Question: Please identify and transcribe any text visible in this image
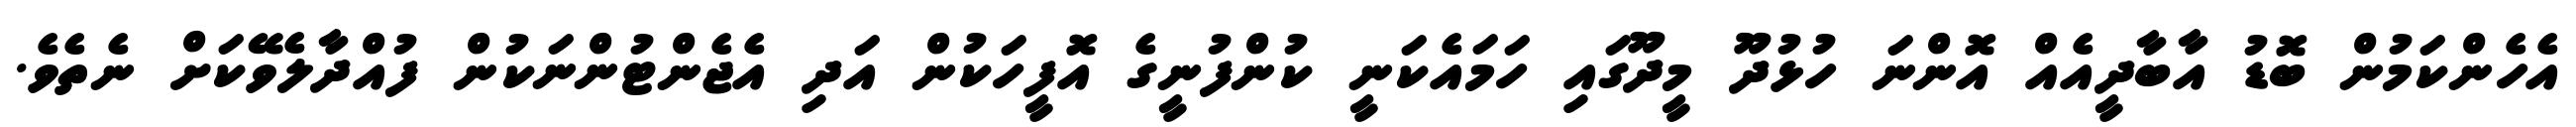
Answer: އެހެންކަމުން ބޮޑު އާބާދީއެއް އޮންނަ ހުޅުދޫ މީދޫގައި ހަމައެކަނީ ކުންފުނީގެ އޮފީހަކުން އަދި އެޖެންޓުންނަކުން ފުއްދާލެވޭކަށް ނެތެވެ.